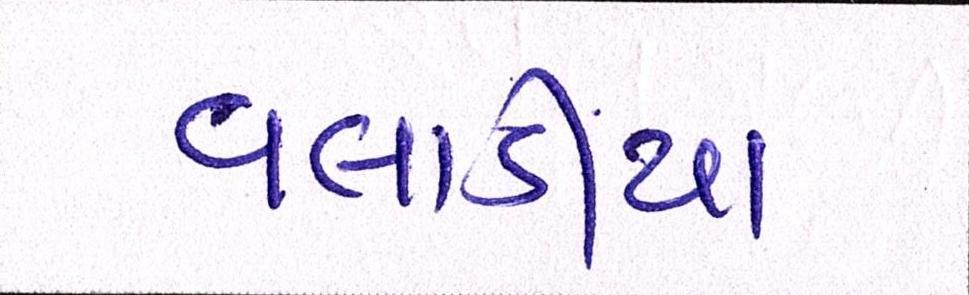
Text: વલાડીયા